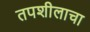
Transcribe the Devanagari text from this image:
तपशीलाचा